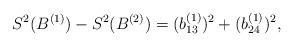
LaTeX: \begin{align*}S^{2}(B^{(1)})-S^{2}(B^{(2)}) = (b_{13}^{(1)})^{2}+(b_{24}^{(1)})^{2},\end{align*}